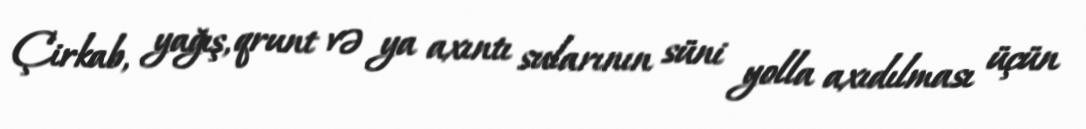
Çirkab, yağış, qrunt və ya axıntı sularının süni yolla axıdılması üçün